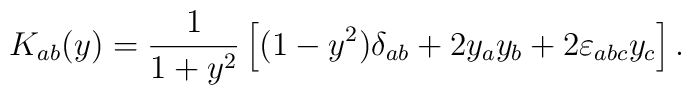
K_{ab}(y)=\frac 1{1+y^2}\left[ (1-y^2)\delta_{ab}+2y_ay_b+2\varepsilon _{abc}y_c\right].